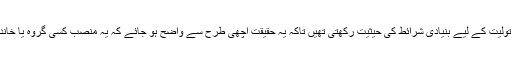
لیکن مسلمانوں کا نام لینے کے بجائے صرف ان صفات کا ذکر فرمایا جو منصب تولیت کے لیے بنیادی شرائط کی حیثیت رکھتی تھیں تاکہ یہ حقیقت اچھی طرح سے واضح ہو جائے کہ یہ منصب کسی گروہ یا خاندان کا اجارہ نہیں ہے بلکہ یہ تمام تر چند صفات اور فرائض کے ساتھ مشروط ہے۔